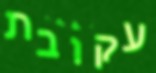
עקובת